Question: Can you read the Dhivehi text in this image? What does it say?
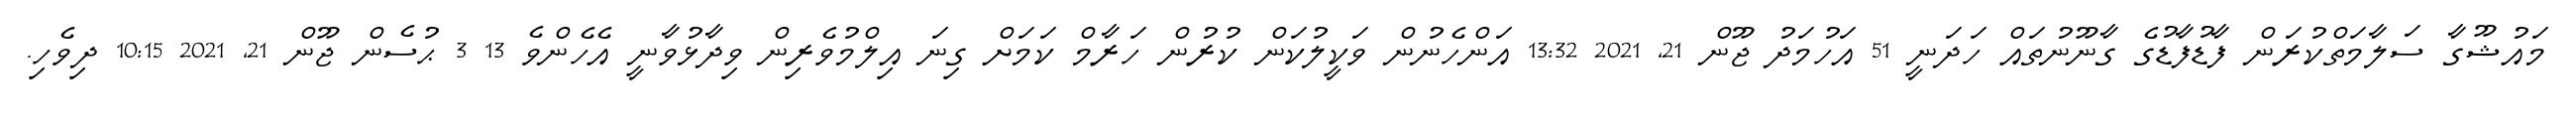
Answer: މައުޝޫގާ ސަލާމަތްކުރަން ފާޑުފާޑުގެ ގާނޫނުތައް ހަދަނީ 51 އަހުމަދު ޖޫން 21, 2021 13:32 އަންހެނުން ވަކީލުކަން ކުރުން ހަރާމް ކަމަށް ގިނަ އިލްމުވެރިން ވިދާޅުވާނީ އެހެންވެ 13 3 ޙުސެން ޖޫން 21, 2021 10:15 ދިވެހި.